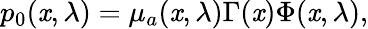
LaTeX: p_{0}(\mathit{x},\lambda)=\mu_{a}(\mathit{x},\lambda)\Gamma(\mathit{x})\Phi(\mathit{x},\lambda),